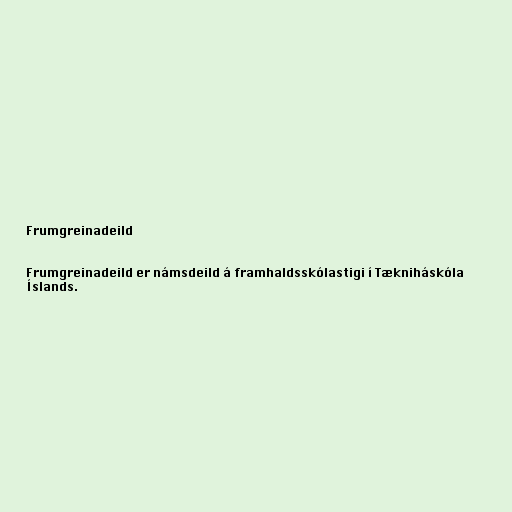
Frumgreinadeild

Frumgreinadeild er námsdeild á framhaldsskólastigi í Tækniháskóla
Íslands.